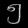
Digit: ၅